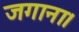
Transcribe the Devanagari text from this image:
जगाना।